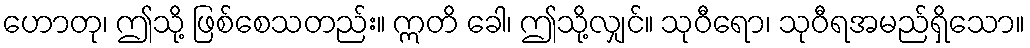
ဟောတု၊ ဤသို့ ဖြစ်စေသတည်း။ ဣတိ ခေါ၊ ဤသို့လျှင်။ သုဝီရော၊ သုဝီရအမည်ရှိသော။